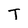
Character: T